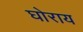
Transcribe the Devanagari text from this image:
घोराय